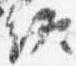
終